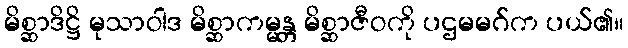
မိစ္ဆာဒိဋ္ဌိ မုသာဝါဒ မိစ္ဆာကမ္မန္တ မိစ္ဆာဇီဝကို ပဌမမဂ်က ပယ်၏။